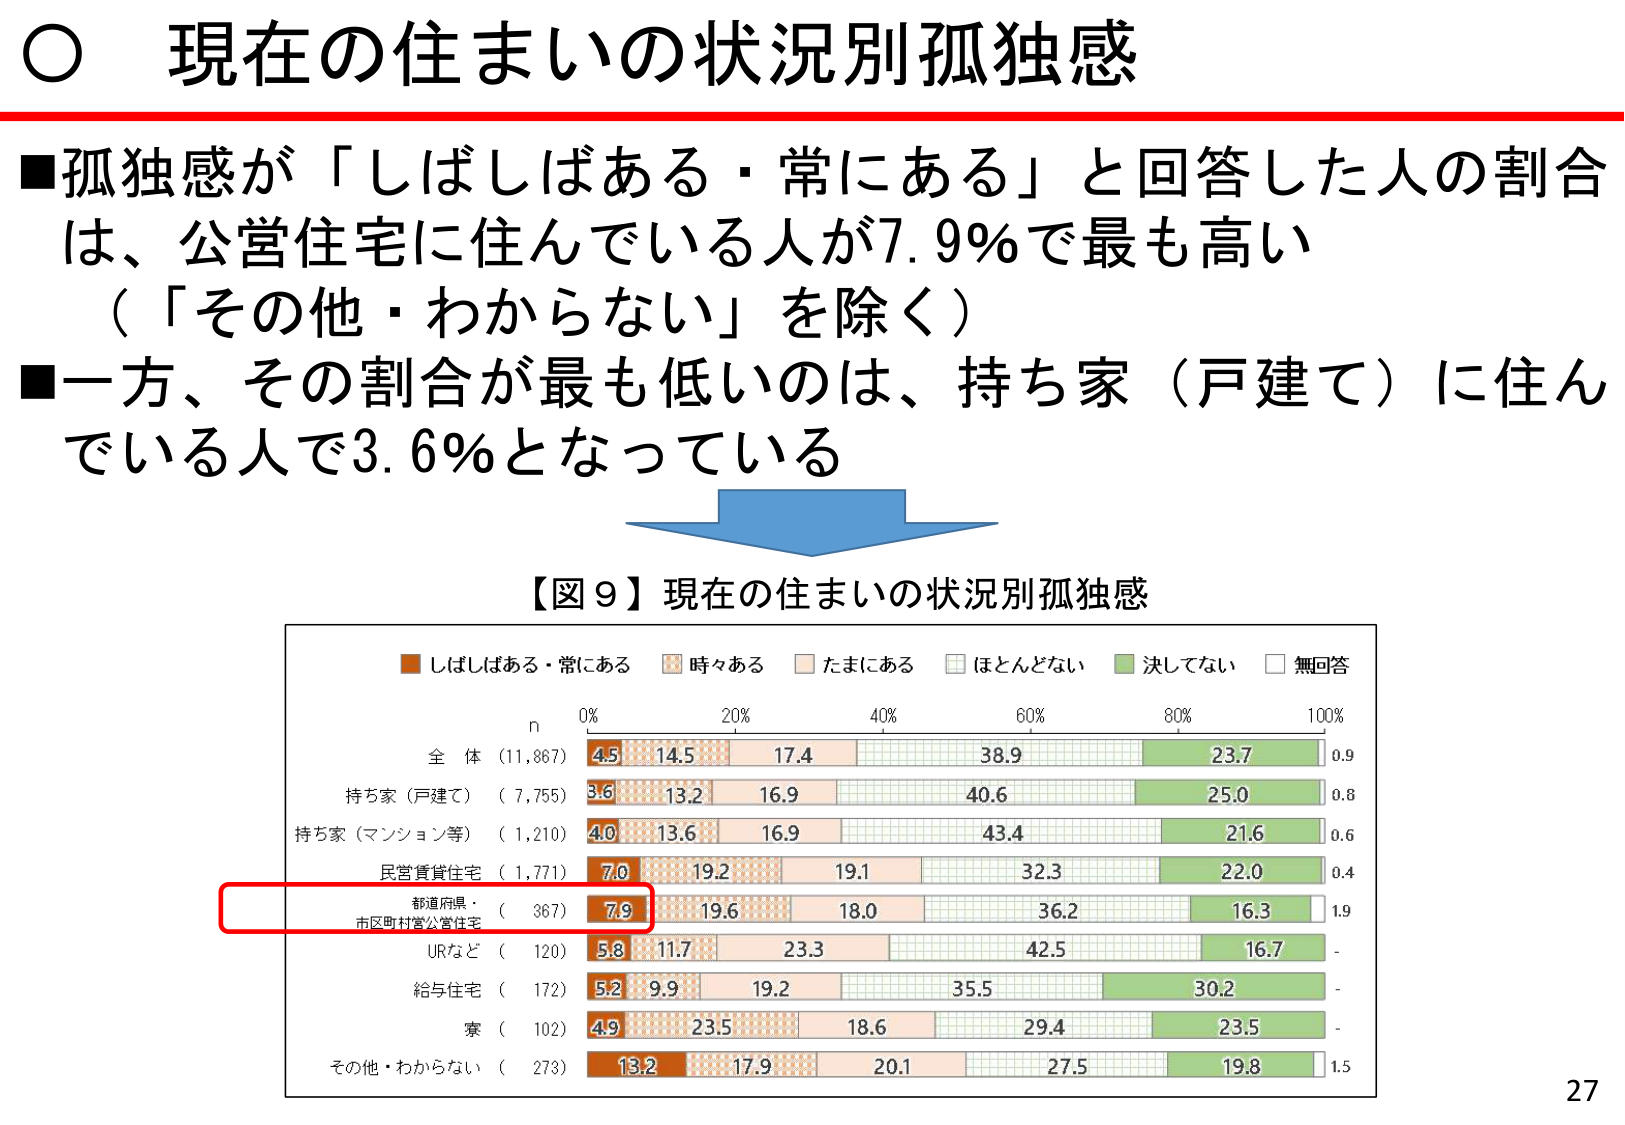
○ 現在の住まいの状況別孤独感

■孤独感が「しばしばある・常にあり」と回答した人の割合は、公営住宅に住んでいる人が7.9％で最も高い（「その他・わからない」を除く）
■一方、その割合が最も低いのは、持ち家（戸建て）に住んでいる人で3.6％となっている

【図９】現在の住まいの状況別孤独感

■ しばしばある・常にあり
■ 時々ある
■ たまにある
■ ほとんどない
■ 決してない
■ 無回答

n
0% 20% 40% 60% 80% 100%

全体 （11,867） 4.5 14.5 17.4 38.9 23.7 0.9
持ち家（戸建て） （7,755） 3.6 13.2 16.9 40.6 25.0 0.8
持ち家（マンション等） （1,210） 4.0 13.6 16.9 43.4 21.6 0.6
民営賃貸住宅 （1,771） 7.0 19.2 19.1 32.3 22.0 0.4
都道府県・市区町村営公営住宅 （367） 7.9 19.6 18.0 36.2 16.3 1.9
URなど （120） 5.8 11.7 23.3 42.5 16.7 -
給与住宅 （172） 5.2 9.9 19.2 35.5 30.2 -
寮 （102） 4.9 23.5 18.6 29.4 23.5 -
その他・わからない （273） 13.2 17.9 20.1 27.5 19.8 1.5

27